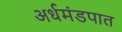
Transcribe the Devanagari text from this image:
अर्धमंडपात